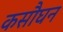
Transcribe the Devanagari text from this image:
कसौघन